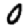
Digit: 0